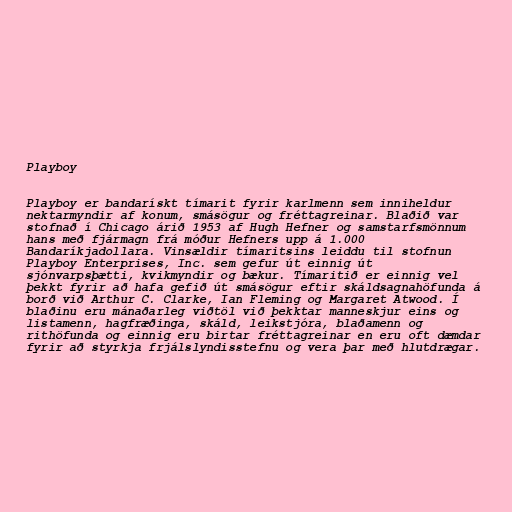
Playboy

Playboy er bandarískt tímarit fyrir karlmenn sem inniheldur
nektarmyndir af konum, smásögur og fréttagreinar. Blaðið var
stofnað í Chicago árið 1953 af Hugh Hefner og samstarfsmönnum
hans með fjármagn frá móður Hefners upp á 1.000
Bandaríkjadollara. Vinsældir tímaritsins leiddu til stofnun
Playboy Enterprises, Inc. sem gefur út einnig út
sjónvarpsþætti, kvikmyndir og bækur. Tímaritið er einnig vel
þekkt fyrir að hafa gefið út smásögur eftir skáldsagnahöfunda á
borð við Arthur C. Clarke, Ian Fleming og Margaret Atwood. Í
blaðinu eru mánaðarleg viðtöl við þekktar manneskjur eins og
listamenn, hagfræðinga, skáld, leikstjóra, blaðamenn og
rithöfunda og einnig eru birtar fréttagreinar en eru oft dæmdar
fyrir að styrkja frjálslyndisstefnu og vera þar með hlutdrægar.